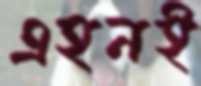
এহনই